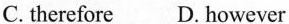
C.therefore D.however